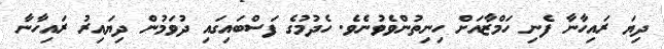
ދިޔަ ރައިހާނާ ފެނި ހަމްޒާއަށް ހިނިތުންވެވުނެވެ. ހެދުމުގެ ފަސްބައިގައި ދުވަމުން ދިޔައިރު ރައިހާނާ